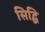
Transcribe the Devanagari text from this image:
सिद्घि